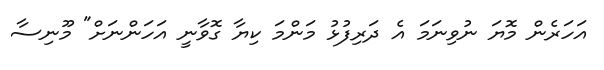
އަހަރެން މޮޔަ ނުވިނަމަ އެ ދަރިފުޅު މަންމަ ކިޔާ ގޮވާނީ އަހަންނަށް" މޫނިސާ